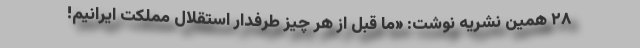
۲۸ همین نشریه نوشت: «ما قبل از هر چیز طرفدار استقلال مملکت ایرانیم!